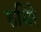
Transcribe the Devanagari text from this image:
रुधिरे